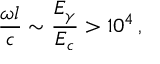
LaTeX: { \frac { \omega l } { c } } \sim { \frac { E _ { \gamma } } { E _ { c } } } > 1 0 ^ { 4 } \, ,